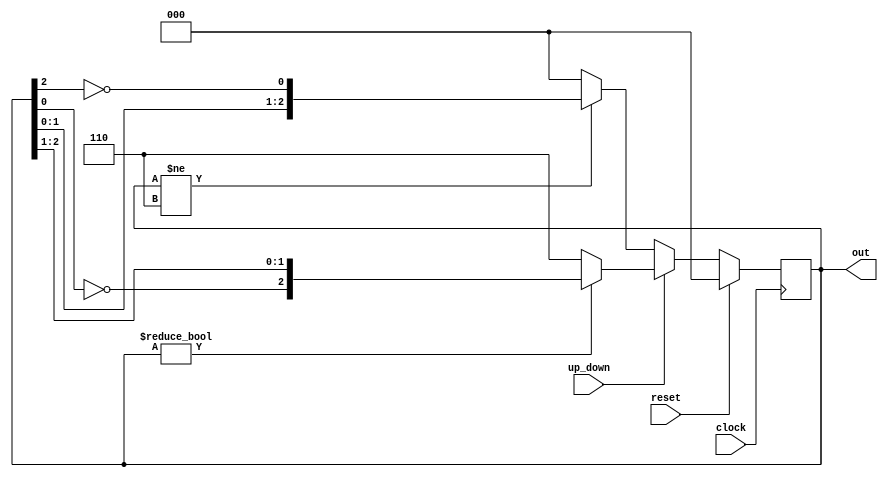
module counter
 (
     input clock,
     input reset,
     input up_down,
     output [2:0] out
 );

    reg [2:0] out_tmp;

    always @ (posedge(clock))
    begin
        if (reset)
            out_tmp = 0;
        else if (up_down == 1'b0)
            begin
            if (out_tmp != 3'b110)
                out_tmp <= {out_tmp[1:0], ~out_tmp[2]};
            else
                out_tmp <= 3'b000;
            end
        else
            begin
            if (out_tmp != 3'b000)
                out_tmp <= {~out_tmp[0], out_tmp[2:1]};
            else
                out_tmp <= 3'b110;
            end
    end

    assign out = out_tmp;

endmodule